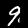
Digit: 9